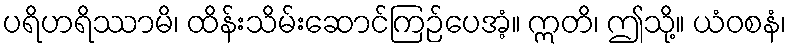
ပရိဟရိဿာမိ၊ ထိန်းသိမ်းဆောင်ကြဉ်ပေအံ့။ ဣတိ၊ ဤသို့။ ယံဝစနံ၊